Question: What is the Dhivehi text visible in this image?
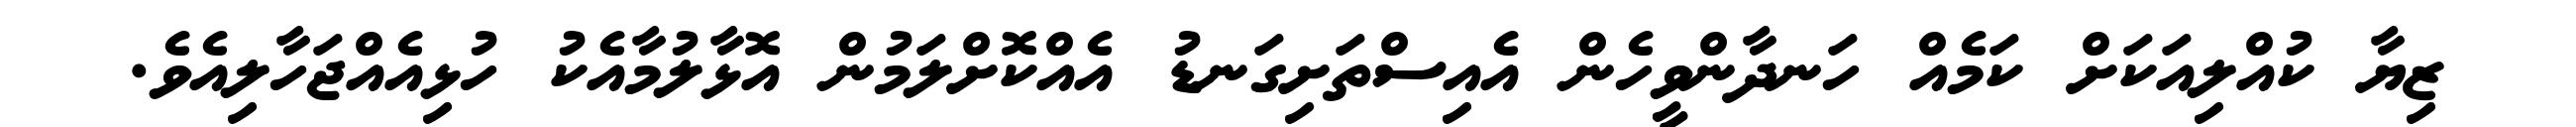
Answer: ޒިޔާ ކުއްލިއަކަށް ކަމެއް ހަނދާންވީހެން އެއިސްތަށިގަނޑު އެއްކޮށްލަމުން އޮޅާލުމާއެކު ހުޅިއެއްޖަހާލިއެވެ.